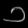
Digit: ၁